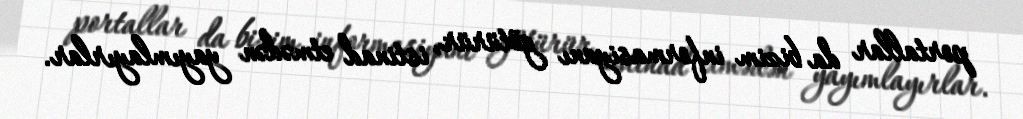
portallar da bizim informasiyanı götürür, istinad etmədən yayımlayırlar.